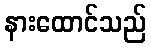
နားထောင်သည်